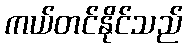
ကယ်တင်နိုင်သည်